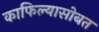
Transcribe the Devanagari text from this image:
काफिल्यासोबत